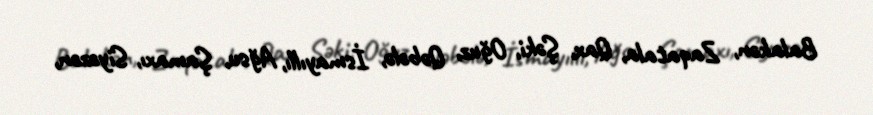
Balakən, Zaqatala, Qax, Şəki, Oğuz, Qəbələ, İsmayıllı, Ağsu, Şamaxı, Siyəzən,